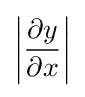
{\bigg |}{\frac {\partial y}{\partial x}}{\bigg |}